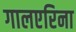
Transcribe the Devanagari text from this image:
गालएरिना